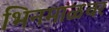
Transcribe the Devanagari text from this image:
भिनमाळवर